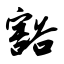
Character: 豁